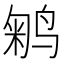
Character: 𱊇